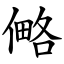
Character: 㑼